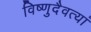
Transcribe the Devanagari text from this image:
विष्णुदैवत्यां